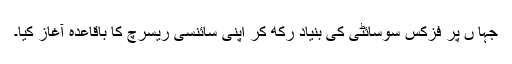
جہا ں پر فزکس سوسائٹی کی بنیاد رکھ کر اپنی سائنسی ریسرچ کا باقاعدہ آغاز کیا۔